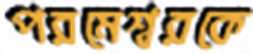
পরমেশ্বরকে